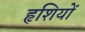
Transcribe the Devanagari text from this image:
हृशियों